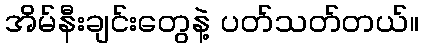
အိမ်နီးချင်းတွေနဲ့ ပတ်သတ်တယ်။